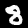
Digit: 8